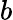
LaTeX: \displaystyle b